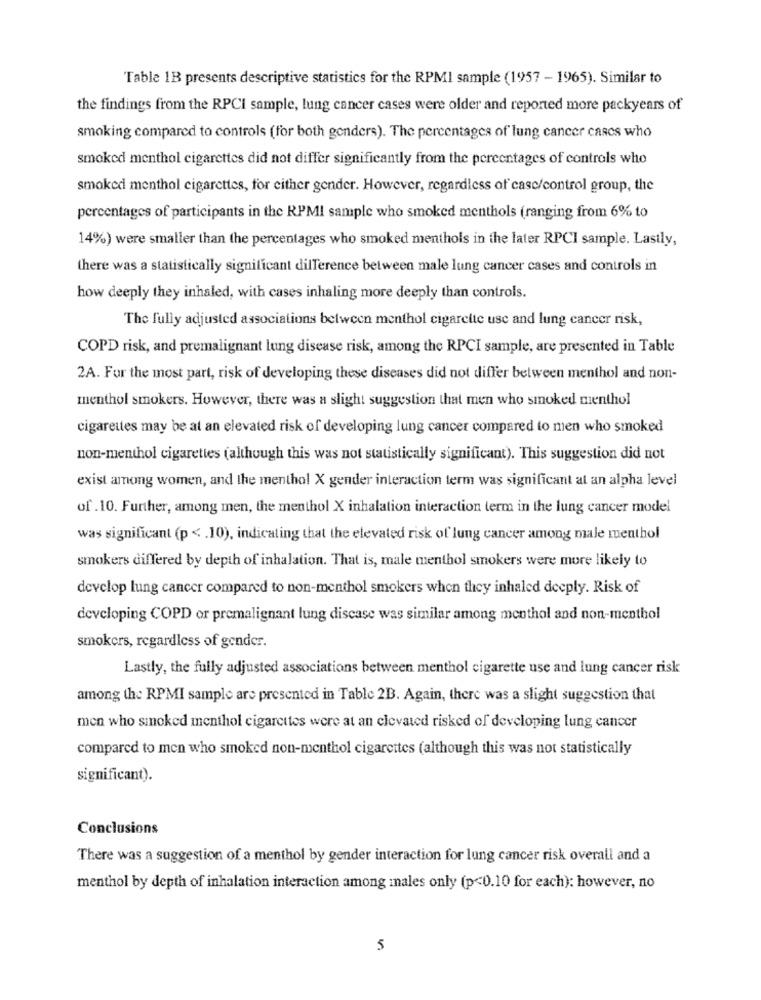
Table 1B presents descriptive statistics for the RPMI sample (1957 - 1965). Similar to
the findings from the RPCI sample, lung cancer cases were older and reported more packyears of
smoking compared to controls (for both genders). The percentages of lung cancer cases who
smoked menthol cigarettes did not differ significantly from the percentages of controls who
smoked menthol cigarettes, for either gender. However, regardless of case/control group, the
percentages of participants in the RPMI sample who smoked menthols (ranging from 6% to
14%) were smaller than the percentages who smoked menthols in the later RPCI sample. Lastly,
there was a statistically significant difference between male lung cancer cases and controls in
how deeply they inhaled, with cases inhaling more deeply than controls.
The fully adjusted associations between menthol cigarette use and lung cancer risk,
COPD risk, and premalignant lung disease risk, among the RPCI sample, are presented in Table
2A. For the most part, risk of developing these diseases did not differ between menthol and non-
menthol smokers. However, there was a slight suggestion that men who smoked menthol
cigarettes may be at an elevated risk of developing lung cancer compared to men who smoked
non-menthol cigarettes (although this was not statistically significant). This suggestion did not
exist among women, and the menthol X gender interaction term was significant at an alpha level
of .10. Further, among men, the menthol X inhalation interaction term in the lung cancer model
was significant (p < . 10), indicating that the elevated risk of lung cancer among male menthol
smokers differed by depth of inhalation. That is, male menthol smokers were more likely to
develop lung cancer compared to non-menthol smokers when they inhaled deeply. Risk of
developing COPD or premalignant lung discase was similar among menthol and non-menthol
smokers, regardless of gender.
Lastly, the fully adjusted associations between menthol cigarette use and lung cancer risk
among the RPMI sample are presented in Table 2B. Again, there was a slight suggestion that
men who smoked menthol cigarettes were at an elevated risked of developing lung cancer
compared to men who smoked non-menthol cigarettes (although this was not statistically
significant).
Conclusions
There was a suggestion of a menthol by gender interaction for lung cancer risk overall and a
menthol by depth of inhalation interaction among males only (p<0.10 for each): however, no
5